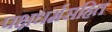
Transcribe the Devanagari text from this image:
पक्षधर्मसहित